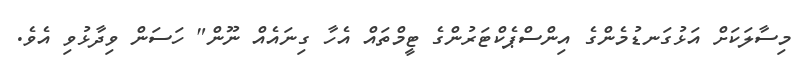
މިސާލަކަށް އަޅުގަނޑުމެންގެ އިންސްޕެކްޓަރުންގެ ޓީމްތައް އެހާ ގިނައެއް ނޫން" ހަސަން ވިދާޅުވި އެވެ.